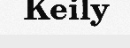
Keily